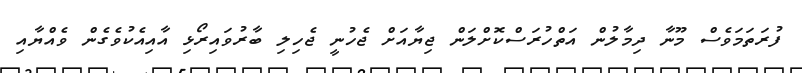
ފުރަތަމަވެސް މޫނާ ދިމާލުން އަތްހުރަސްކޮށްލަން ޖިޔާއަށް ޖެހުނީ ޖެހިލި ބާރުވައިރޯޅި އާއިއެކުވެގެން ވެއްޔާއި